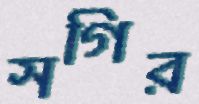
সগির